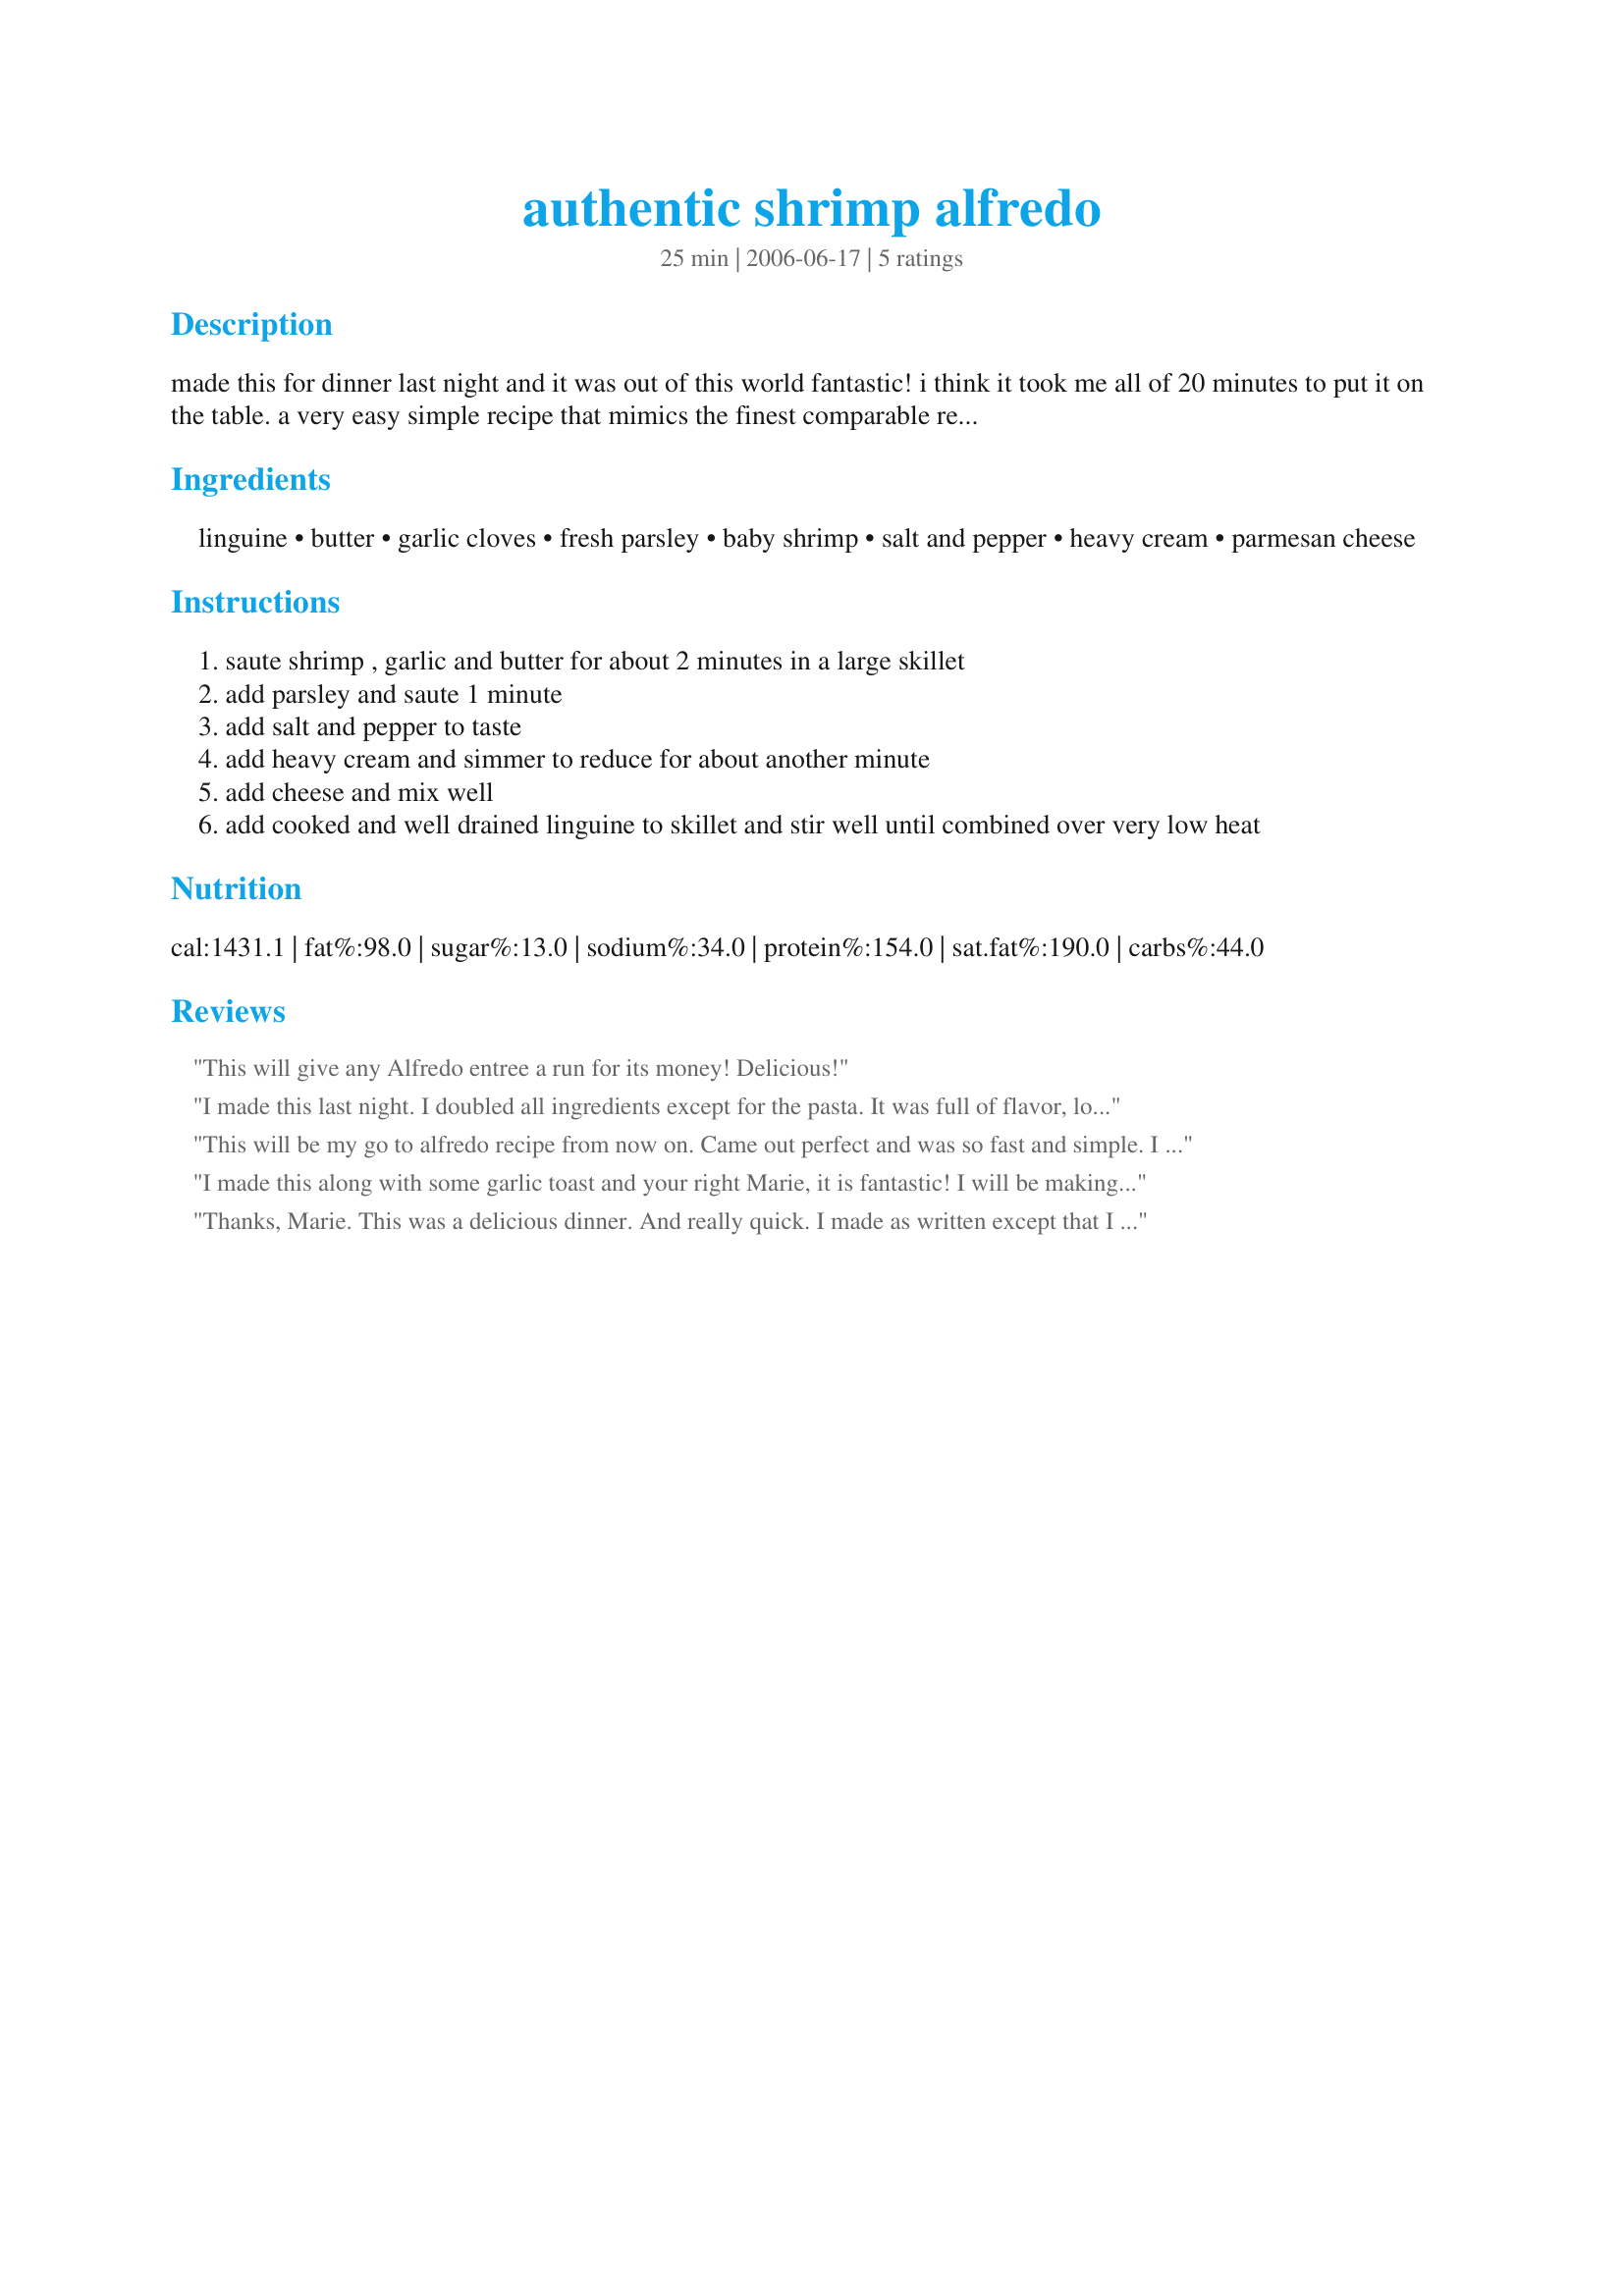
authentic shrimp alfredo
Preparation time: 25 minutes

made this for dinner last night and it was out of this world fantastic! i think it took me all of 20 minutes to put it on the table. a very easy simple recipe that mimics the finest comparable restaurant dish.

Ingredients:
linguine, butter, garlic cloves, fresh parsley, baby shrimp, salt and pepper, heavy cream, parmesan cheese

Steps:
saute shrimp , garlic and butter for about 2 minutes in a large skillet
add parsley and saute 1 minute
add salt and pepper to taste
add heavy cream and simmer to reduce for about another minute
add cheese and mix well
add cooked and well drained linguine to skillet and stir well until combined over very low heat

Reviews:
This will give any Alfredo entree a run for its money! Delicious!
I made this last night. I doubled all ingredients except for the pasta. It was full of flavor, looked great and everyone loved it. It was also very easy to make, thanks for posting.
This will be my go to alfredo recipe from now on. Came out perfect and was so fast and simple. I only gave 4 stars b/c I did change a couple things. I used 1/2 lb. pasta and halved rest of ingredients except garlic and cheese. I also subbed 1/4 tsp. dried italian seasoning for the parsley as I didn't have any and added a splash of white wine. Also marinated the shrimp briefly in lemon juice, salt, pepper, garlic powder, zinfandel, cayenne and seafood seasoning which gave it great flavor. This dish tastes great w/ fresh pepper and a little more cheese on top.
I made this along with some garlic toast and your right Marie, it is fantastic! I will be making often. I used the larger shrimp for a real treat. I also added some chopped chives and some lemon. My DD ate 2 helpings and she's only 3! Thanks for sharing this great recipe with us Marie!
Thanks, Marie. This was a delicious dinner. And really quick. I made as written except that I used already cooked, medium size shrimp. I just put them in the sauce at the last minute to warm. And I added a touch of sherry. HE really liked it. I'll make this again! . . . Janet
